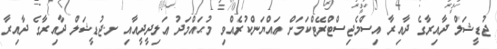
ޖުޑީޝަލް ދާއިރާގެ ދާއިރާ އިސްމެޖިސްޓްރޭޓްކަމަށް ޢައްޔަންކުރެއްވި މުޙައްމަދު ޢަލިދީދީއާއި ށ.ޖުޑީޝަލް ދާއިރާގެ ދާއިރާ